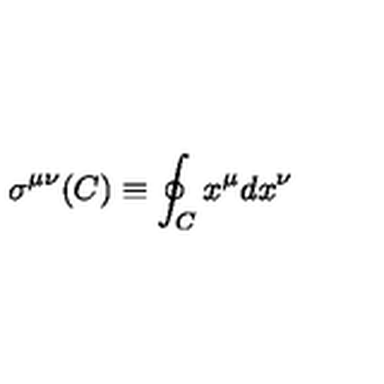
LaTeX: \sigma ^ { \mu \nu } ( C ) \equiv \oint _ { C } x ^ { \mu } d x ^ { \nu }